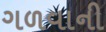
ગળવાની